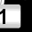
Digit: 1